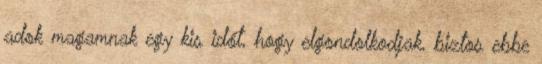
adok magamnak egy kis időt, hogy elgondolkodjak, biztos ebbe